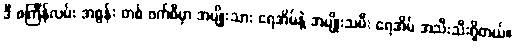
ဒီ စင်္ကြန်လမ်း အစွန်း တစ် ဖက်စီမှာ အမျိုးသား ရေအိမ်နဲ့ အမျိုးသမီး ရေအိမ် အသီးသီးရှိတယ်။